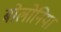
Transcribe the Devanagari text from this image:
बोलोनिया